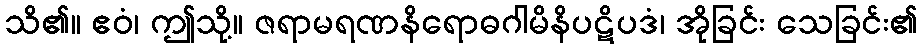
သိ၏။ ဧဝံ၊ ဤသို့။ ဇရာမရဏနိရောဓဂါမိနိပဋိပဒံ၊ အိုခြင်း သေခြင်း၏